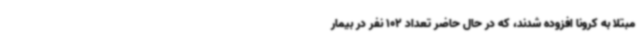
مبتلا به کرونا افزوده شدند، که در حال حاضر تعداد 102 نفر در بیمار